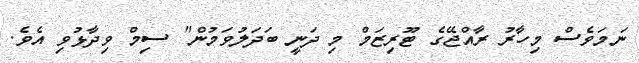
ނަމަވެސް މިހާރު ރާއްޖޭގެ ޓޫރިޒަމް މި ދަނީ ބަދަލުވަމުން" ސިމް ވިދާޅުވި އެވެ.